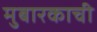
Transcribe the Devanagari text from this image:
मुबारकाची